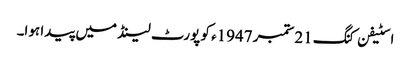
اسٹیفن کنگ 21ستمبر 1947ء کو پورٹ لینڈ میں پیدا ہوا۔